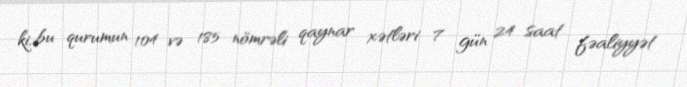
ki, bu qurumun 104 və 185 nömrəli qaynar xətləri 7 gün 24 saat fəaliyyət